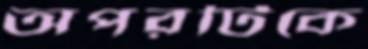
অপরটিকে